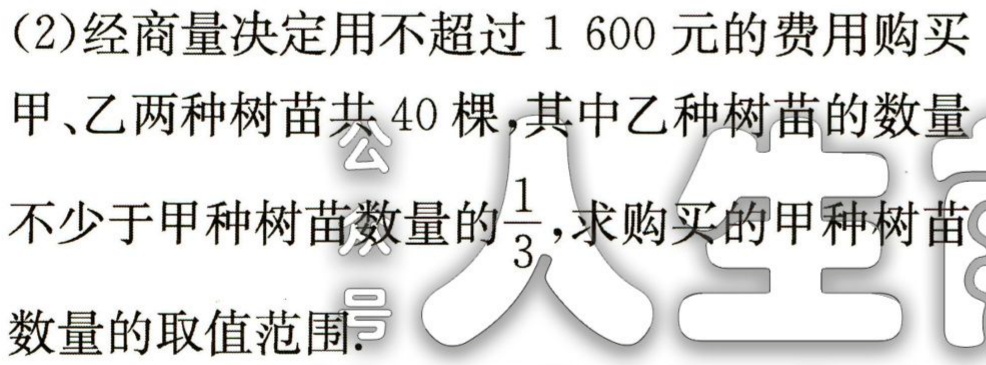
(2)经商量决定用不超过 \(1600\) 元的费用购买

甲、乙两种树苗共 \(40\) 棵，其中乙种树苗的数量

不少于甲种树苗数量的 \(\frac{1}{3}\)，求购买的甲种树苗

数量的取值范围.